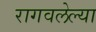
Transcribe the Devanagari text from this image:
रागवलेल्या